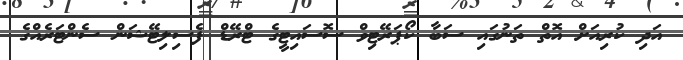
އަދި ކުރިއަށް އޮތް ތަނުގައި ސަބާ ކޯޕަރޭޓިވް ސޮސައިޓީގެ ޓްރޭޑް ފެސިލިޓޭޝަން ސެންޓަރެއްގެ